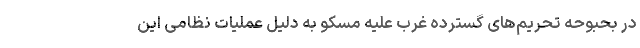
در بحبوحه تحریم‌های گسترده غرب علیه مسکو به دلیل عملیات نظامی این